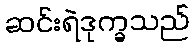
ဆင်းရဲဒုက္ခသည်